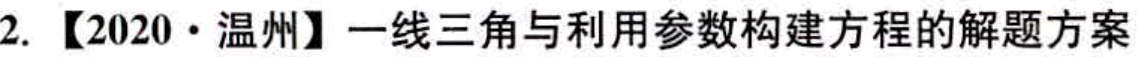
2. 【2020·温州】一线三角与利用参数构建方程的解题方案